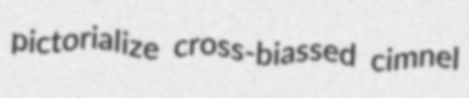
pictorialize cross-biassed cimnel